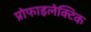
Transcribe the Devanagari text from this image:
प्रोफाइलेक्टिक